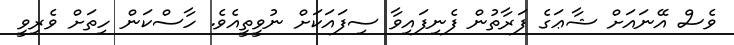
ވެސް އޭނައަށް ޝާޢަގެ ފަރާތުން ފެނިފައިވާ ސިފައަކަށް ނުވީތީއެވެ. ހާސްކަން ހިތަށް ވެރިވީ